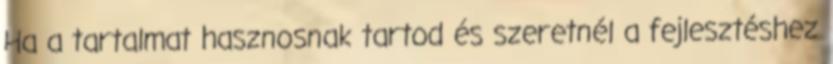
Ha a tartalmat hasznosnak tartod és szeretnél a fejlesztéshez